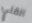
الفتي